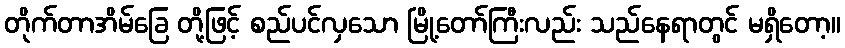
တိုက်တာအိမ်ခြေ တို့ဖြင့် စည်ပင်လှသော မြို့တော်ကြီးလည်း သည်နေရာတွင် မရှိတော့။